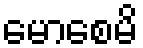
မောစေမိ